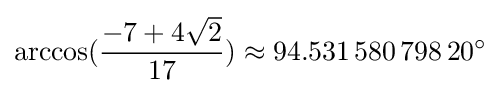
\arccos({\frac {-7+4{\sqrt {2}}}{17}})\approx 94.531\,580\,798\,20^{\circ }